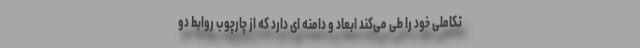
تکاملی خود را طی می‌کند ابعاد و دامنه ای دارد که از چارچوب روابط دو